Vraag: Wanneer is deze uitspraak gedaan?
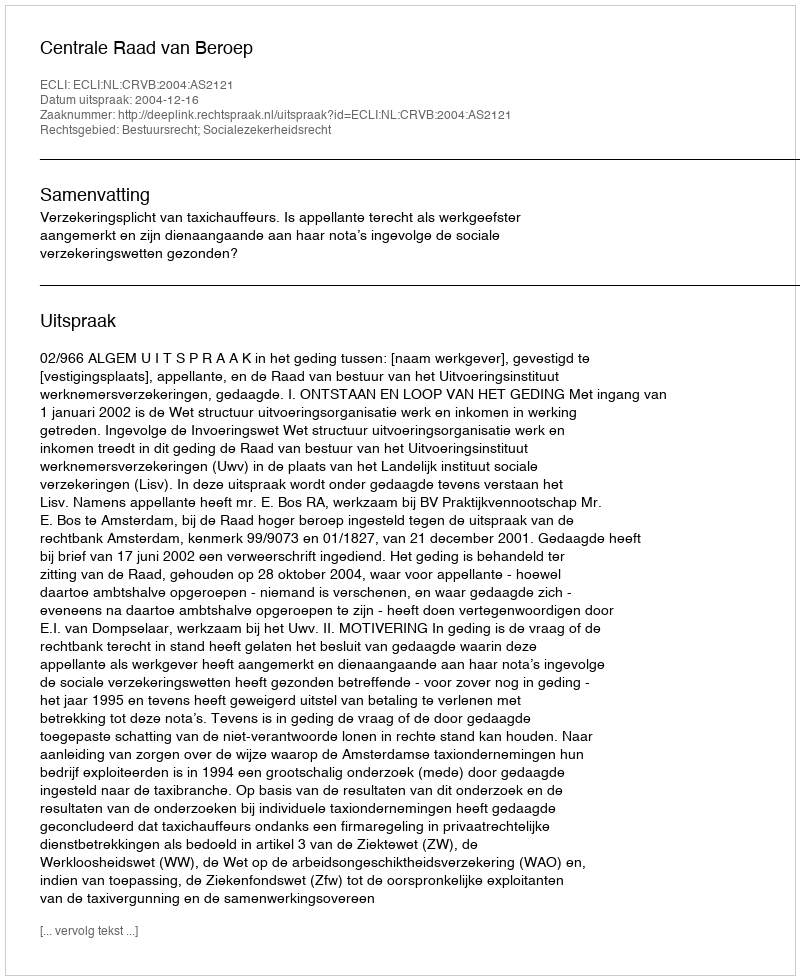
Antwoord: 2004-12-16